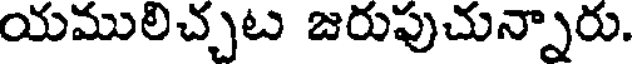
యములిచ్చట జరుపుచున్నారు.